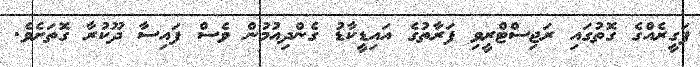
ފަގީރެއްގެ ގޮތުގައި ރަޖިސްޓްރީވި ފަރާތުގެ އައިޑީކާޑު ގެންދިއުމުން ވެސް ފައިސާ ދޫކުރާ ގޮތަށެވެ.